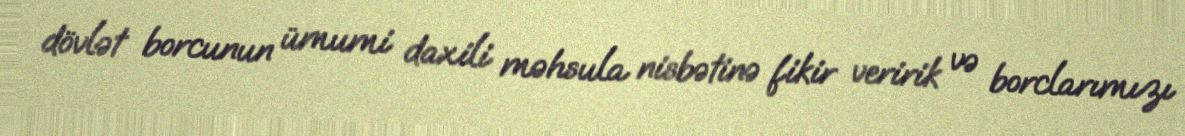
dövlət borcunun ümumi daxili məhsula nisbətinə fikir veririk və borclarımızı